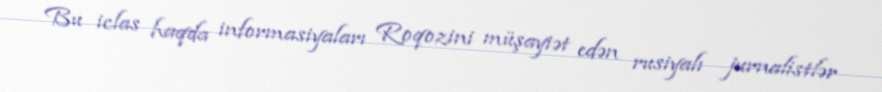
Bu iclas haqda informasiyaları Roqozini müşayiət edən rusiyalı jurnalistlər